Indian journal of veterinary science and animal husbandry - Volumes 22-23, 1952-1953
Year: 1952
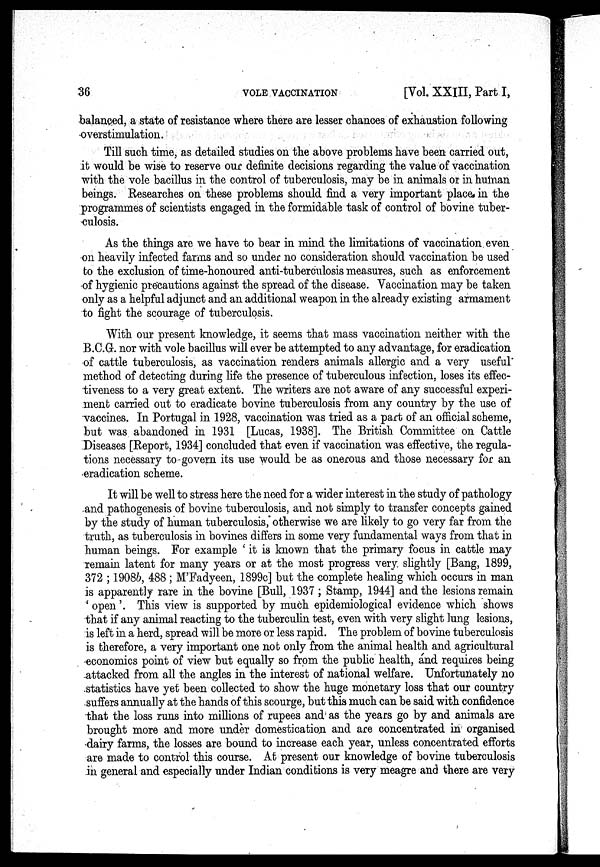
36
VOLE
VACCINATION
[Vol. XXIII, Part I,
balanced, a state of resistance where there are lesser chances of exhaustion following
overstimulation.
Till such time, as detailed studies on the above problems have been carried out,
it would be wise to reserve our definite decisions regarding the value of vaccination
with the vole bacillus in the control of tuberculosis, may be in animals or in human
beings. Researches on these problems should find a very important place in the
programmes of scientists engaged in the formidable task of control of bovine tuber-
culosis.
As the things are we have to bear in mind the limitations of vaccination even
on heavily infected farms and so under no consideration should vaccination be used
to the exclusion of time-honoured anti-tuberculosis measures, such as enforcement
of hygienic precautions against the spread of the disease. Vaccination may be taken
only as a helpful adjunct and an additional weapon in the already existing armament
to fight the scourage of tuberculosis.
With our present knowledge, it seems that mass vaccination neither with the
B.C.G. nor with vole bacillus will ever be attempted to any advantage, for eradication
of cattle tuberculosis, as vaccination renders animals allergic and a very useful
method of detecting during life the presence of tuberculous infection, loses its effec-
tiveness to a very great extent. The writers are not aware of any successful experi-
ment carried out to eradicate bovine tuberculosis from any country by the use of
vaccines. In Portugal in 1928, vaccination was tried as a part of an official scheme,
but was abandoned in 1931 [Lucas, 1938]. The British Committee on Cattle
Diseases [Report, 1934] concluded that even if vaccination was effective, the regula-
tions necessary to govern its use would be as onerous and those necessary for an
eradication scheme.
It will be well to stress here the need for a wider interest in the study of pathology
and pathogenesis of bovine tuberculosis, and not simply to transfer concepts gained
by the study of human tuberculosis, otherwise we are likely to go very far from the
truth, as tuberculosis in bovines differs in some very fundamental ways from that in
human beings. For example 'it is known that the primary focus in cattle may
remain latent for many years or at the most progress very slightly [Bang, 1899,
372; 1908b, 488; M'Fadyeen, 1899c] but the complete healing which occurs in man
is apparently rare in the bovine [Bull, 1937; Stamp, 1944] and the lesions remain
'open'. This view is supported by much epidemiological evidence which shows
that if any animal reacting to the tuberculin test, even with very slight lung lesions,
is left in a herd, spread will be more or less rapid. The problem of bovine tuberculosis
is therefore, a very important one not only from the animal health and agricultural
economics point of view but equally so from the public health, and requires being
attacked from all the angles in the interest of national welfare. Unfortunately no
statistics have yet been collected to show the huge monetary loss that our country
suffers annually at the hands of this scourge, but this much can be said with confidence
that the loss runs into millions of rupees and as the years go by and animals are
brought more and more under domestication and are concentrated in organised
dairy farms, the losses are bound to increase each year, unless concentrated efforts
are made to control this course. At present our knowledge of bovine tuberculosis
in general and especially under Indian conditions is very meagre and there are very